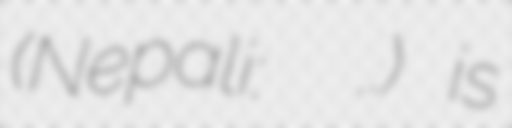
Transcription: (Nepali: अनमोल के.सी.) is